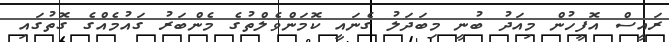
ރައީސް އޮފީހުން މިއަދު ބުނީ މިބަދަލު ގެނައީ ކޮމަންވެލްތުގެ މެންބަރު ގައުމެއްގެ ގޮތުގައި